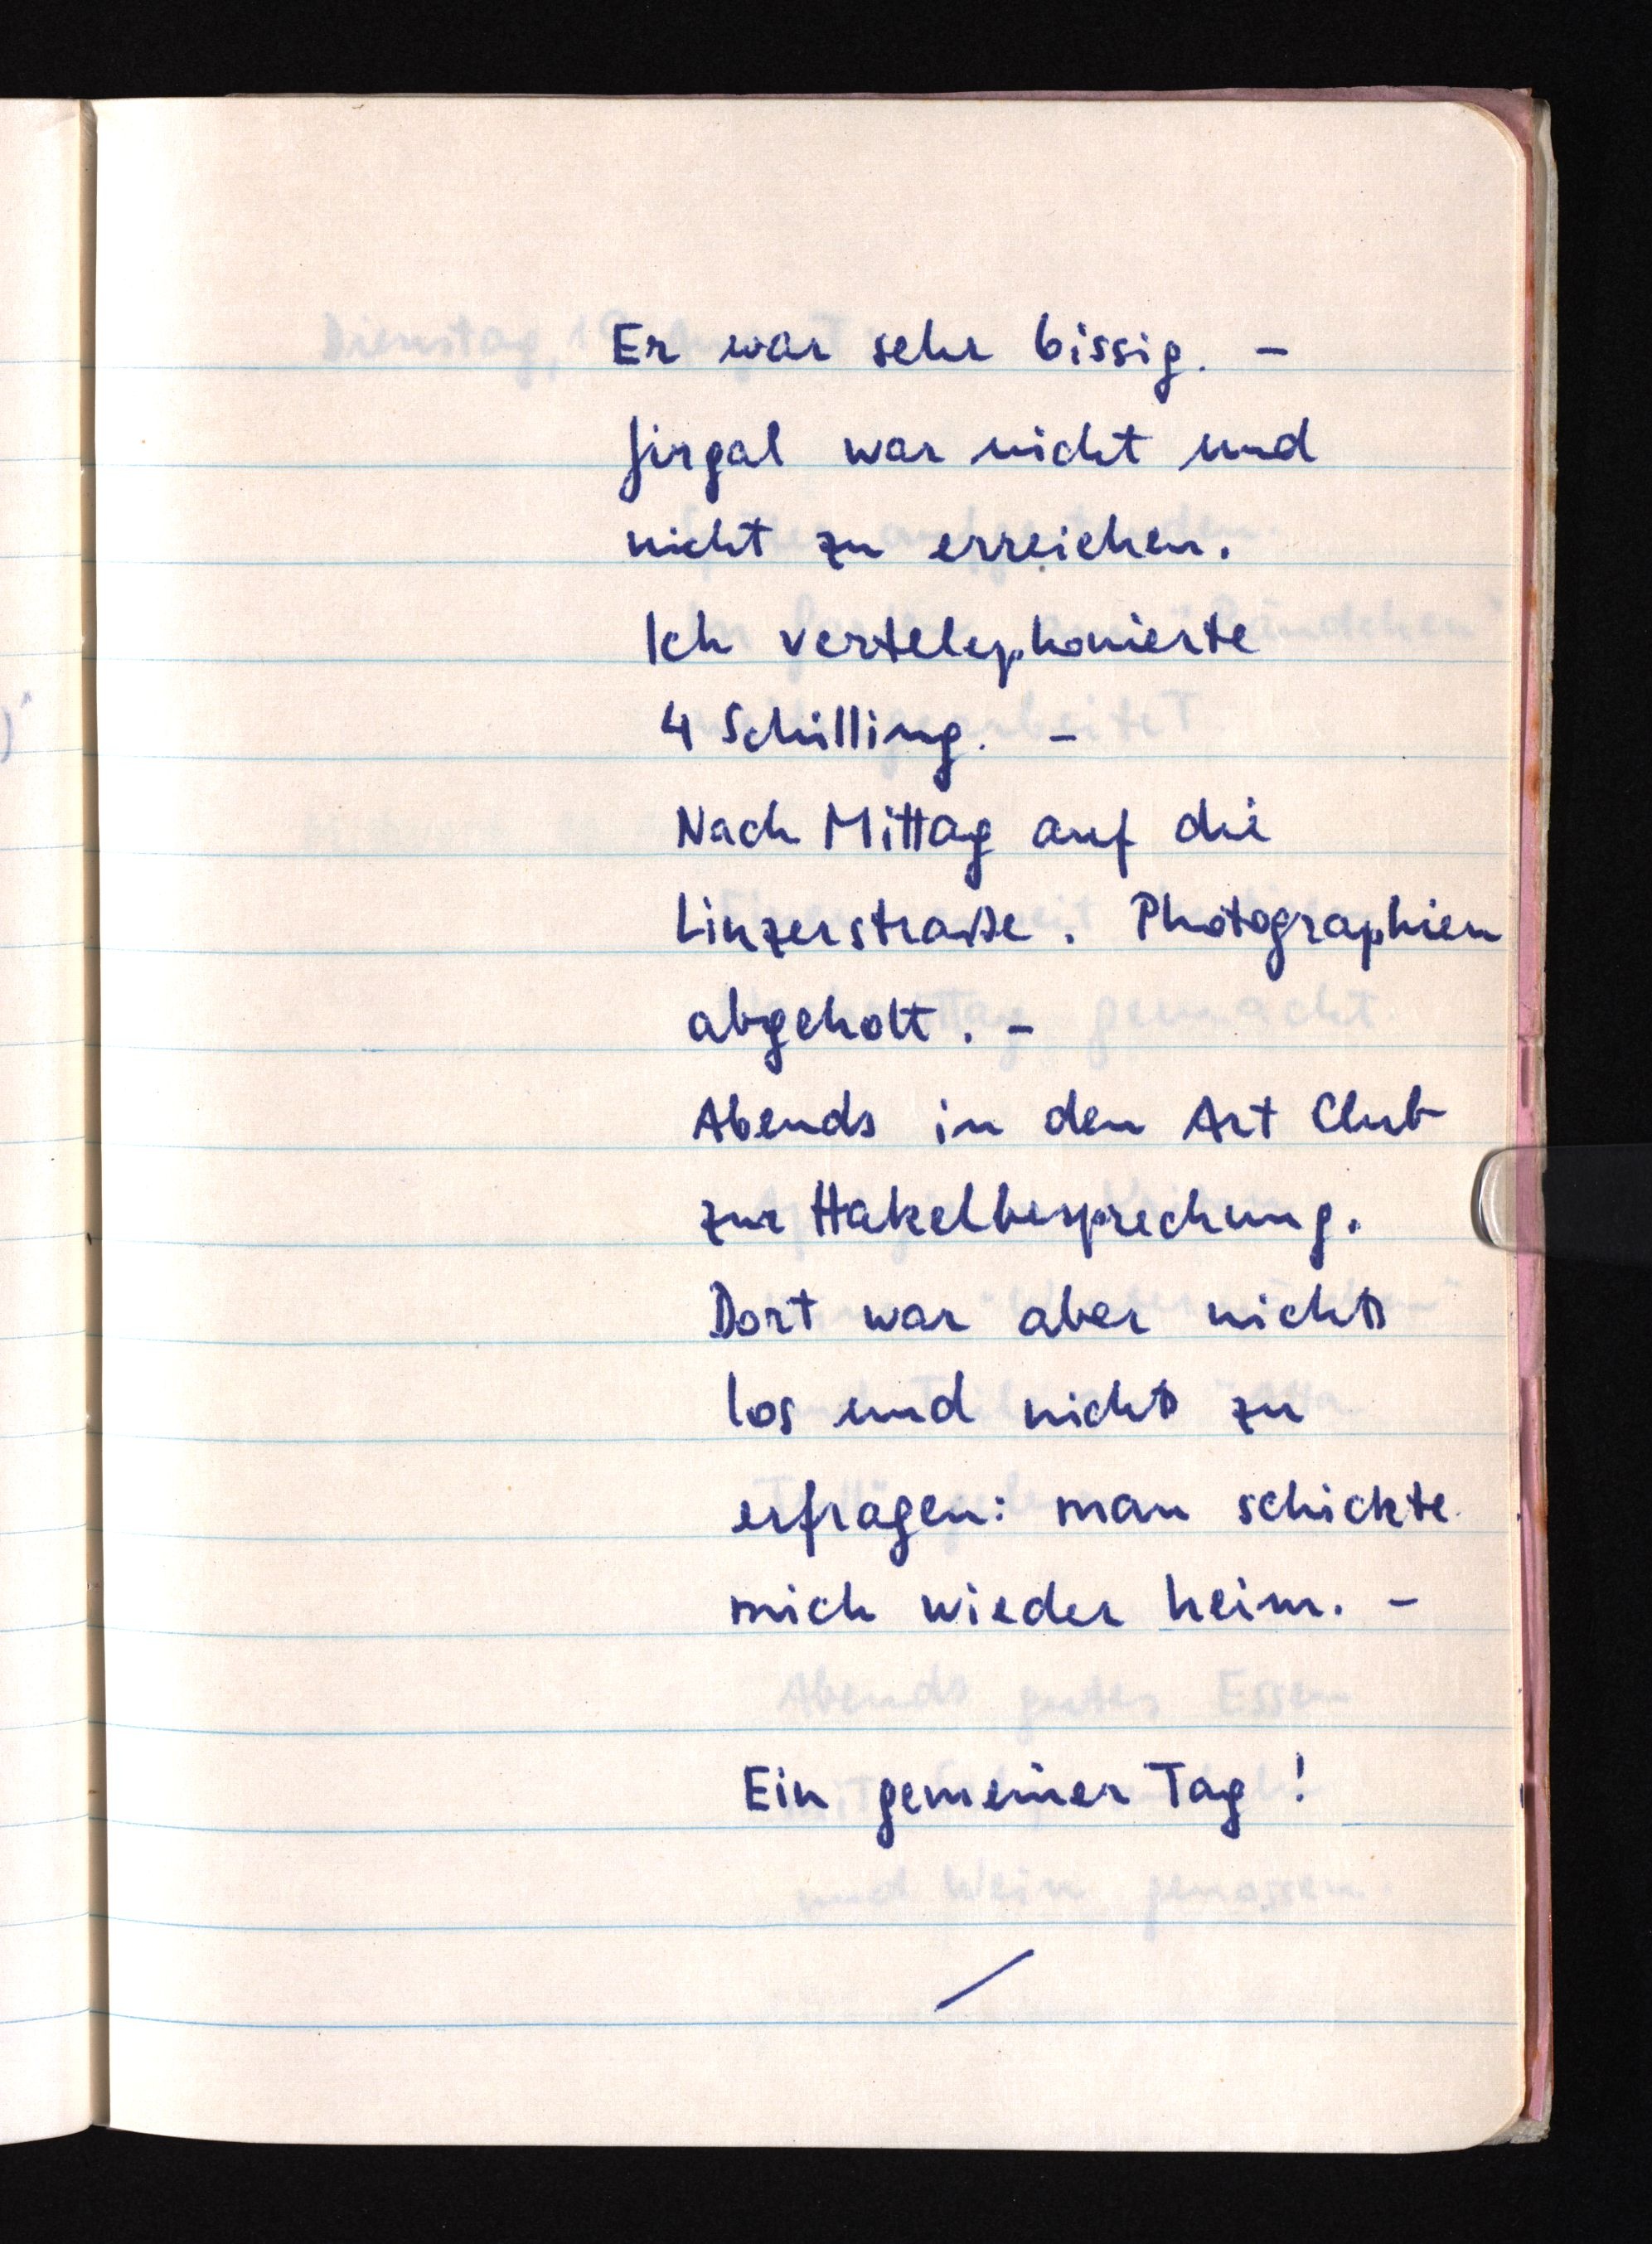
Er war sehr bissig. -
Jirgal war nicht und
nicht zu erreichen.
Ich vertelephonierte
4 Schilling. -
Nach Mittag auf die
Linzerstraße. Photographien
abgeholt. -
Abends in den Art Club
zur Hakelbesprechung.
Dort war aber nichts
los und nichts zu
erfragen: man schickte
mich wieder heim. -
Ein gemeiner Tag!